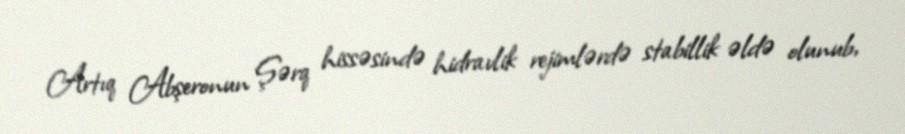
Artıq Abşeronun Şərq hissəsində hidravlik rejimlərdə stabillik əldə olunub,